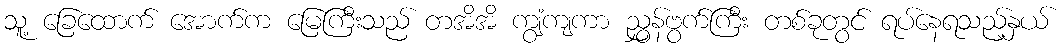
သူ့ ခြေထောက် အောက်က မြေကြီးသည် တအိအိ ကျွံကျကာ ညွှန်ဗွက်ကြီး တစ်ခုတွင် ရပ်နေရသည့်နှယ်